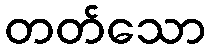
တတ်သော